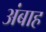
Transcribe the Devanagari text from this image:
अंबाह